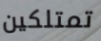
تمتلكين